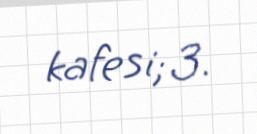
kafesi; 3.